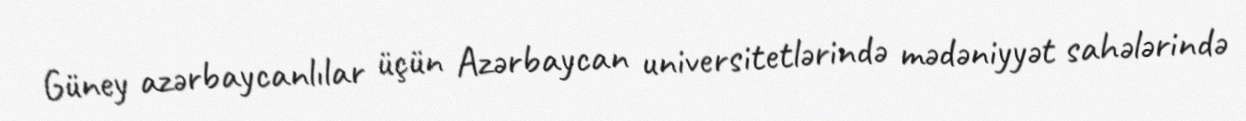
Güney azərbaycanlılar üçün Azərbaycan universitetlərində mədəniyyət sahələrində